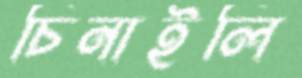
চিনাইলি